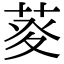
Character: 𤼱